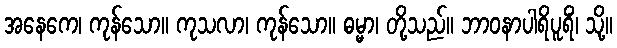
အနေကေ၊ ကုန်သော။ ကုသလာ၊ ကုန်သော။ ဓမ္မာ၊ တို့သည်။ ဘာဝနာပါရိပူရိံ၊ သို့။